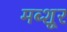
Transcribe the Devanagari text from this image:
मब्शूर